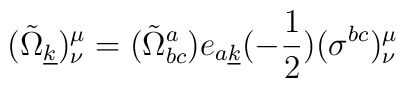
({\tilde{\Omega}}_{\underline{k}})_{\nu}^{\mu}=({\tilde{\Omega}}^{a}_{bc})e_{a\underline{k}}(-{1\over2})(\sigma^{bc})_{\nu}^{\mu}